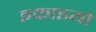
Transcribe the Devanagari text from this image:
इकाइयो